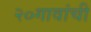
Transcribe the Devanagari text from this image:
२०गावांची